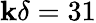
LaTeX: \mathbf{k}\delta=31